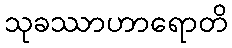
သုခဿာဟာရောတိ